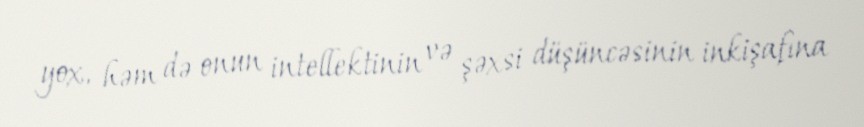
yox, həm də onun intellektinin və şəxsi düşüncəsinin inkişafına